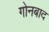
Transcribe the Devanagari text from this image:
गोनबाद